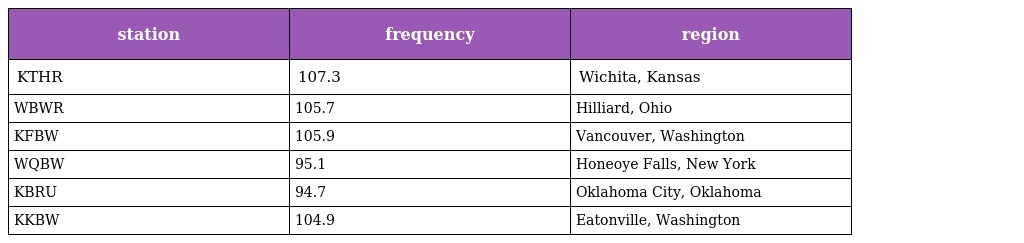
| station | frequency | region |
 | --- | --- | --- |
 | KTHR | 107.3 | Wichita, Kansas |
 | WBWR | 105.7 | Hilliard, Ohio |
 | KFBW | 105.9 | Vancouver, Washington |
 | WQBW | 95.1 | Honeoye Falls, New York |
 | KBRU | 94.7 | Oklahoma City, Oklahoma |
 | KKBW | 104.9 | Eatonville, Washington |